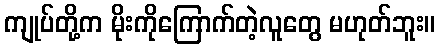
ကျုပ်တို့က မိုးကိုကြောက်တဲ့လူတွေ မဟုတ်ဘူး။